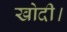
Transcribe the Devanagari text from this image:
खोदी।